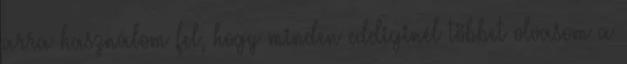
arra használom fel, hogy minden eddiginél többet olvasom a